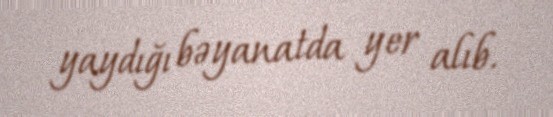
yaydığı bəyanatda yer alıb.